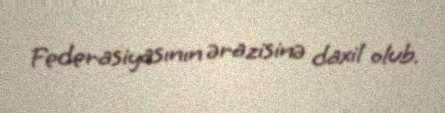
Federasiyasının ərazisinə daxil olub.